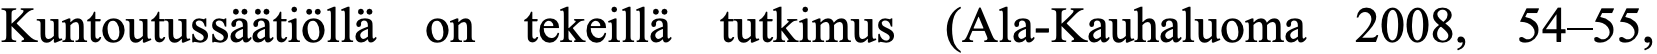
Kuntoutussäätiöllä on tekeillä tutkimus (Ala-Kauhaluoma 2008, 54–55,